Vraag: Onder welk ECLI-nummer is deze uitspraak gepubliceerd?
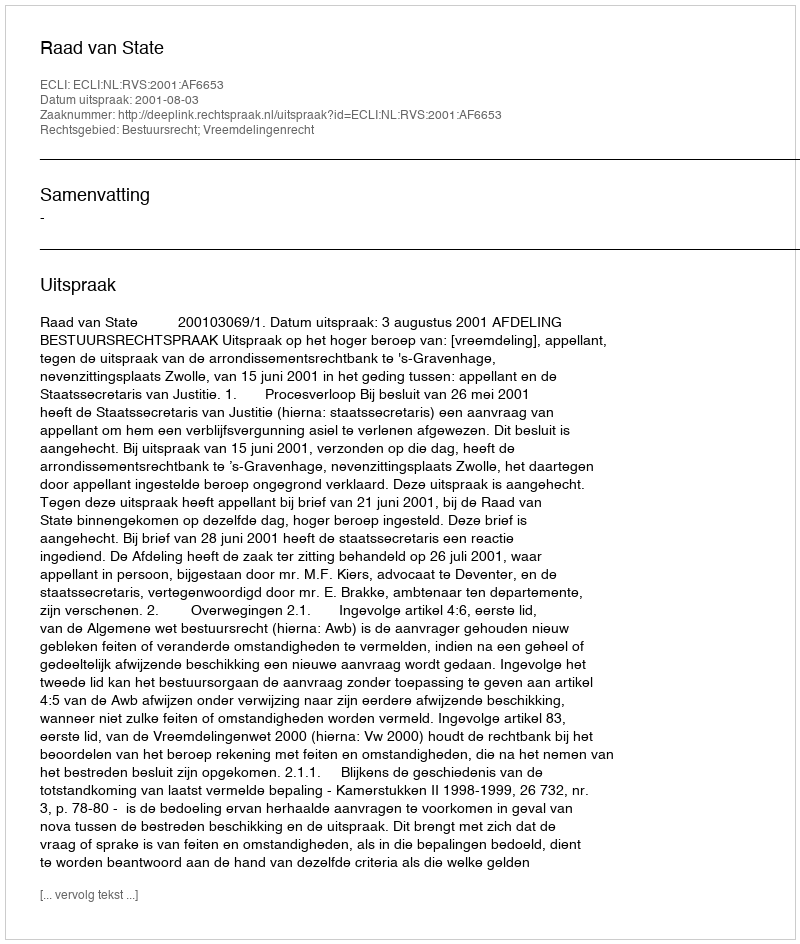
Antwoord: ECLI:NL:RVS:2001:AF6653